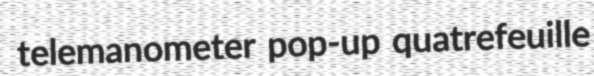
telemanometer pop-up quatrefeuille